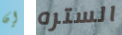
إن الستره